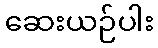
ဆေးယဉ်ပါး